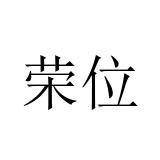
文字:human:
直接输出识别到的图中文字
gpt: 荣位